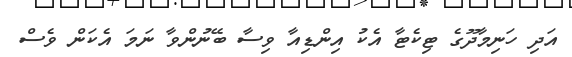
އަދި ހަނިމާދޫގެ ޓިކެޓާ އެކު އިންޑިއާ ވިސާ ބޭނުންވާ ނަމަ އެކަން ވެސް